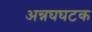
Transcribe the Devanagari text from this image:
अन्नघघटक